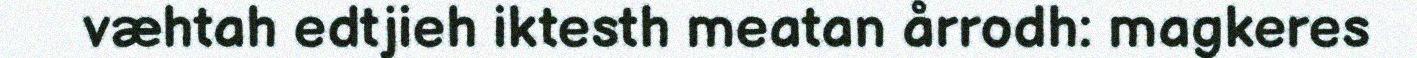
væhtah edtjieh iktesth meatan årrodh: magkeres